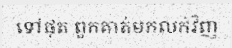
ទៅផុត ពួកគាត់មកលក់វិញ